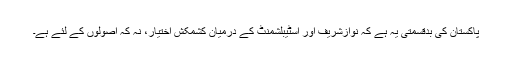
پاکستان کی بدقسمتی یہ ہے کہ نوازشریف اور اسٹیبلشمنٹ کے درمیان کشمکش اختیار، نہ کہ اصولوں کے لئے ہے۔